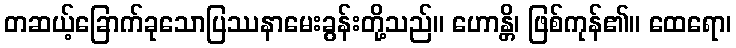
တဆယ့်ခြောက်ခုသောပြဿနာမေးခွန်းတို့သည်။ ဟောန္တိ၊ ဖြစ်ကုန်၏။ ထေရော၊